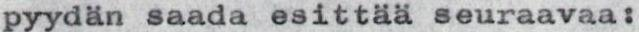
pyydän saada esittää seuraavaa: